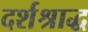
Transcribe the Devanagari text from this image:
दर्शश्राद्ध